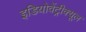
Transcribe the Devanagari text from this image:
इडियोवेंट्रीक्यूल